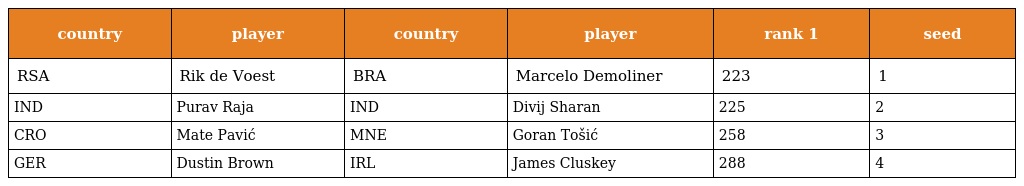
| country | player | country | player | rank 1 | seed |
 | --- | --- | --- | --- | --- | --- |
 | RSA | Rik de Voest | BRA | Marcelo Demoliner | 223 | 1 |
 | IND | Purav Raja | IND | Divij Sharan | 225 | 2 |
 | CRO | Mate Pavić | MNE | Goran Tošić | 258 | 3 |
 | GER | Dustin Brown | IRL | James Cluskey | 288 | 4 |